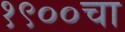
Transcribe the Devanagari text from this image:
१९००चा